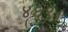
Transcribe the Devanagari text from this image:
४६९।